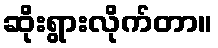
ဆိုးရွားလိုက်တာ။